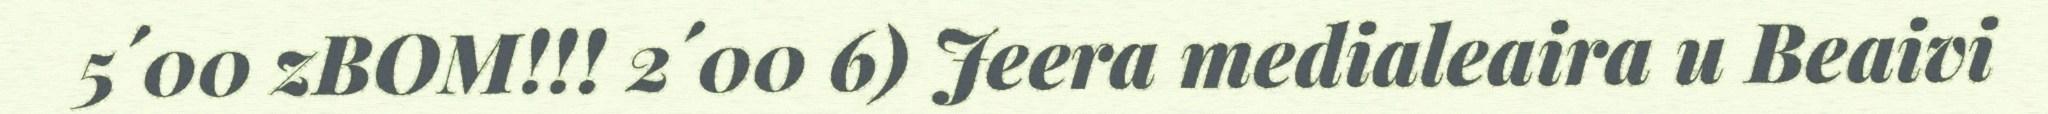
5´00 zBOM!!! 2´00 6) Jeera medialeaira u Beaivi